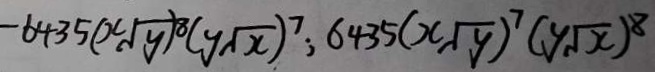
- 6 4 3 5 ( x \sqrt { y } ) ^ { 8 } ( y \sqrt { x } ) ^ { 7 } ; 6 4 3 5 ( x \sqrt { y } ) ^ { 7 } ( y \sqrt { x } ) ^ { 8 }